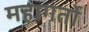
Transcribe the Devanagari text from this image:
महागर्तो